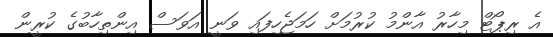
އެ ރިޕޯޓް މިހާރު އާންމު ކުރުމަށް ހަމަޖެހިފައި ވަނީ އަވަސް އިންތިހާބުގެ ކުރީން